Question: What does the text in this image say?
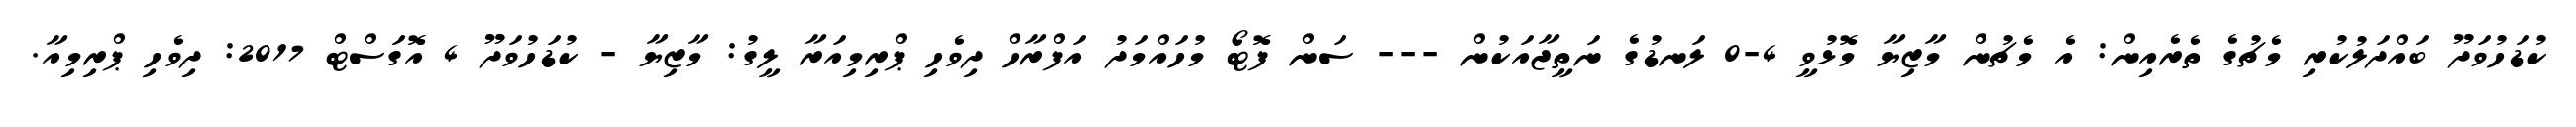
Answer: ކުޑަހުވަދޫ ބައްދަލުކުރި މެޗުގެ ތެރެއިން: އެ މެޗުން މާޒިޔާ މޮޅުވީ 4-0 ލަނޑުގެ ނަތީޖާއަކުން --- ސަން ފޮޓޯ މުހައްމަދު އަފްރާހް ދިވެހި ޕްރިމިއަރާ ލީގު: މާޒިޔާ - ކުޑަހުވަދޫ 4 އޮގަސްޓް 2017: ދިވެހި ޕްރިމިއާ.